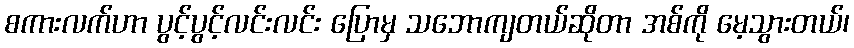
စကားလက်ဟာ ပွင့်ပွင့်လင်းလင်း ပြောမှ သဘောကျတယ်ဆိုတာ အစ်ကို မေ့သွားတယ်၊